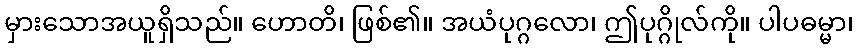
မှားသောအယူရှိသည်။ ဟောတိ၊ ဖြစ်၏။ အယံပုဂ္ဂလော၊ ဤပုဂ္ဂိုလ်ကို။ ပါပဓမ္မာ၊